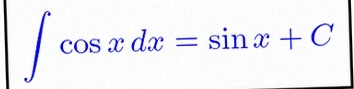
\int \cos x\,dx=\sin x+C